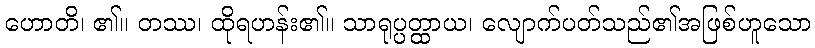
ဟောတိ၊ ၏။ တဿ၊ ထိုရဟန်း၏။ သာရုပ္ပတ္ထာယ၊ လျောက်ပတ်သည်၏အဖြစ်ဟူသော